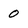
Character: 0